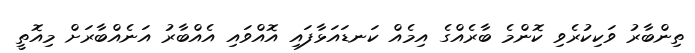
ތިންބާރު ވަކިކުރެވި ކޮންމެ ބާރެއްގެ އިމެއް ކަނޑައަޅާފައި އޮއްވައި އެއްބާރު އަނެއްބާރަށް މިއޮތީ